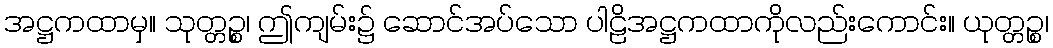
အဋ္ဌကထာမှ။ သုတ္တဉ္စ၊ ဤကျမ်း၌ ဆောင်အပ်သော ပါဠိအဋ္ဌကထာကိုလည်းကောင်း။ ယုတ္တဉ္စ၊